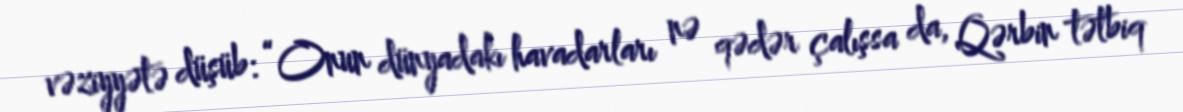
vəziyyətə düşüb: “Onun dünyadakı havadarları nə qədər çalışsa da, Qərbin tətbiq